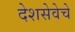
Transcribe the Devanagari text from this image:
देशसेवेचे